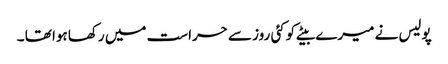
پولیس نے میرے بیٹے کوکئی روز سے حراست میں رکھا ہوا تھا ۔